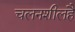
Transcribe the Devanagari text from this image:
चलनशीलहै